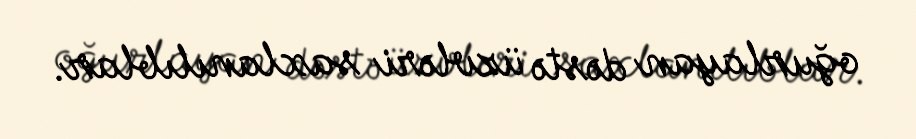
oğurlayan dəstə üzvləri saxlanılıblar.